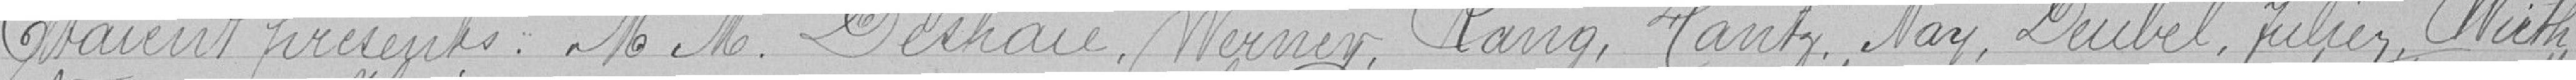
Étaient présents Messiers Deshaies, Werner, Rang, Hantz, Nay, Deubel,Julien, Wirth